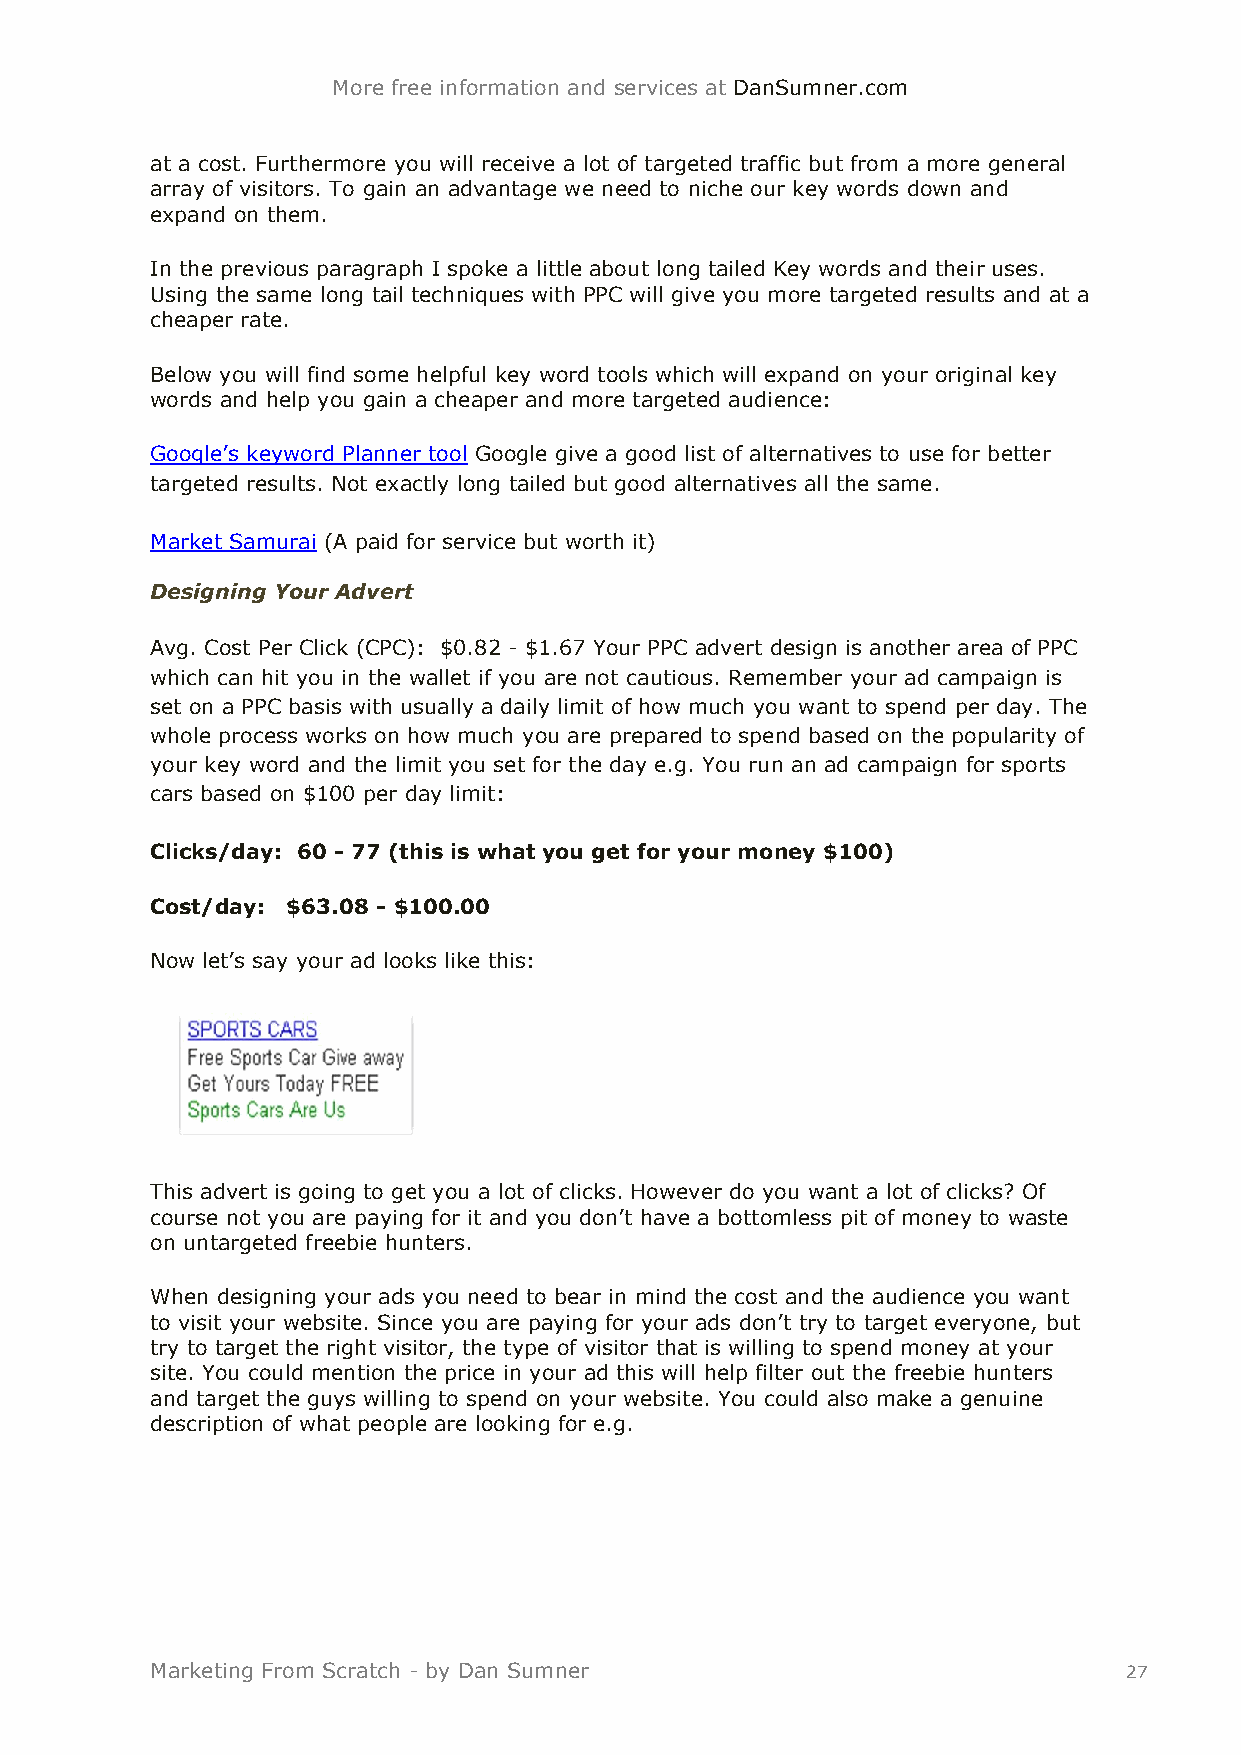
More free information and services at DanSumner.com
 at a cost. Furthermore you will receive a lot of targeted traffic but from a more general
 array of visitors. To gain an advantage we need to niche our key words down and
 expand on them.
 In the previous paragraph I spoke a little about long tailed Key words and their uses.
 Using the same long tail techniques with PPC will give you more targeted results and at a
 cheaper rate.
 Below you will find some helpful key word tools which will expand on your original key
 words and help you gain a cheaper and more targeted audience:
 Google’s keyword Planner tool Google give a good list of alternatives to use for better
 targeted results. Not exactly long tailed but good alternatives all the same.
 Market Samurai (A paid for service but worth it)
 Designing Your Advert
 Avg. Cost Per Click (CPC): $0.82 - $1.67 Your PPC advert design is another area of PPC
 which can hit you in the wallet if you are not cautious. Remember your ad campaign is
 set on a PPC basis with usually a daily limit of how much you want to spend per day. The
 whole process works on how much you are prepared to spend based on the popularity of
 your key word and the limit you set for the day e.g. You run an ad campaign for sports
 cars based on $100 per day limit:
 Clicks/day: 60 - 77 (this is what you get for your money $100)
 Cost/day: $63.08 - $100.00
 Now let’s say your ad looks like this:
 This advert is going to get you a lot of clicks. However do you want a lot of clicks? Of
 course not you are paying for it and you don’t have a bottomless pit of money to waste
 on untargeted freebie hunters.
 When designing your ads you need to bear in mind the cost and the audience you want
 to visit your website. Since you are paying for your ads don’t try to target everyone, but
 try to target the right visitor, the type of visitor that is willing to spend money at your
 site. You could mention the price in your ad this will help filter out the freebie hunters
 and target the guys willing to spend on your website. You could also make a genuine
 description of what people are looking for e.g.
 Marketing From Scratch - by Dan Sumner                          27